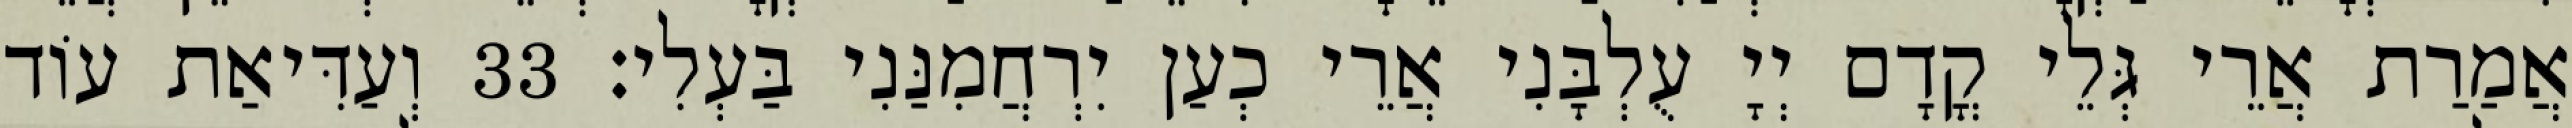
אֲמַרַת אֲרֵי גְּלֵי קֳדָם יְיָ עֻלְבָּנִי אֲרֵי כְעַן יִרְחֲמִנַּנִי בַּעְלִי׃ 33 וְעַדִּיאַת עוֹד